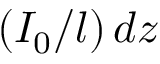
\left( I _ { 0 } / l \right) d z